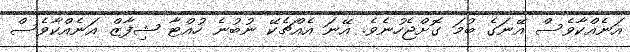
އަނެއްކާވެސް އޭނަގެ ބުމަ ގޮށްޖެހުނެވެ. އޭނަ އެއްޗެކޭ ނުބުނެ ހުއްޓާ ޝިފާޒް އަނެއްކާވެސް